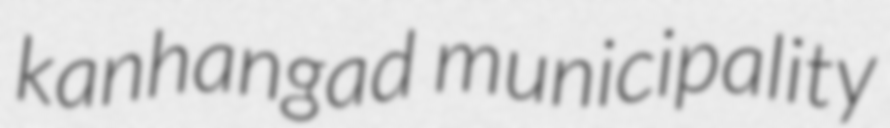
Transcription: kanhangad municipality